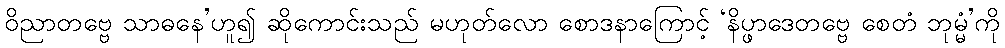
ဝိညာတဗ္ဗေ သာဓနေ’ဟူ၍ ဆိုကောင်းသည် မဟုတ်လော စောဒနာကြောင့် ‘နိပ္ဖာဒေတဗ္ဗေ စေတံ ဘုမ္မံ’ကို